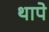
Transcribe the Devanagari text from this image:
थापे